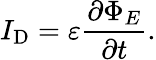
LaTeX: I_{\mathrm{D}}=\varepsilon{\frac{\partial\Phi_{E}}{\partial t}}.